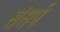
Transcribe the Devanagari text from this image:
संसर्प